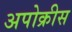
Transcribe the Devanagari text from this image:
अपोक्रीस